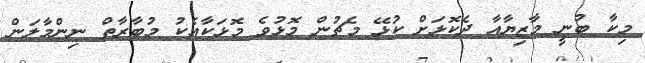
މިކާ ބުނީ މާޒިޔާއާ ދެކޮޅަށް ކުޅޭ މެޗުން މޮޅުވެ މޮޅަކާއެކު މުބާރާތް ނިންމާލަން